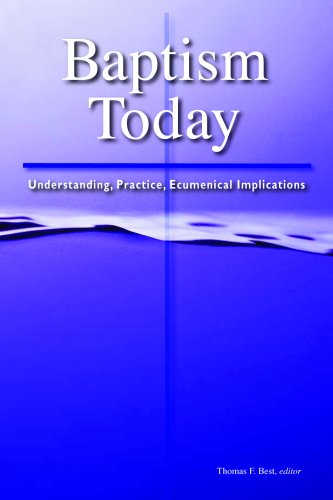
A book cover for Baptism Today: Understanding, Practice, Ecumenical Implications (Faith and Order Papers); Christian Books & Bibles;